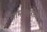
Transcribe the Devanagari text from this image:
सामाश्वरीचे